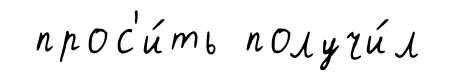
прос'и́ть получи́л